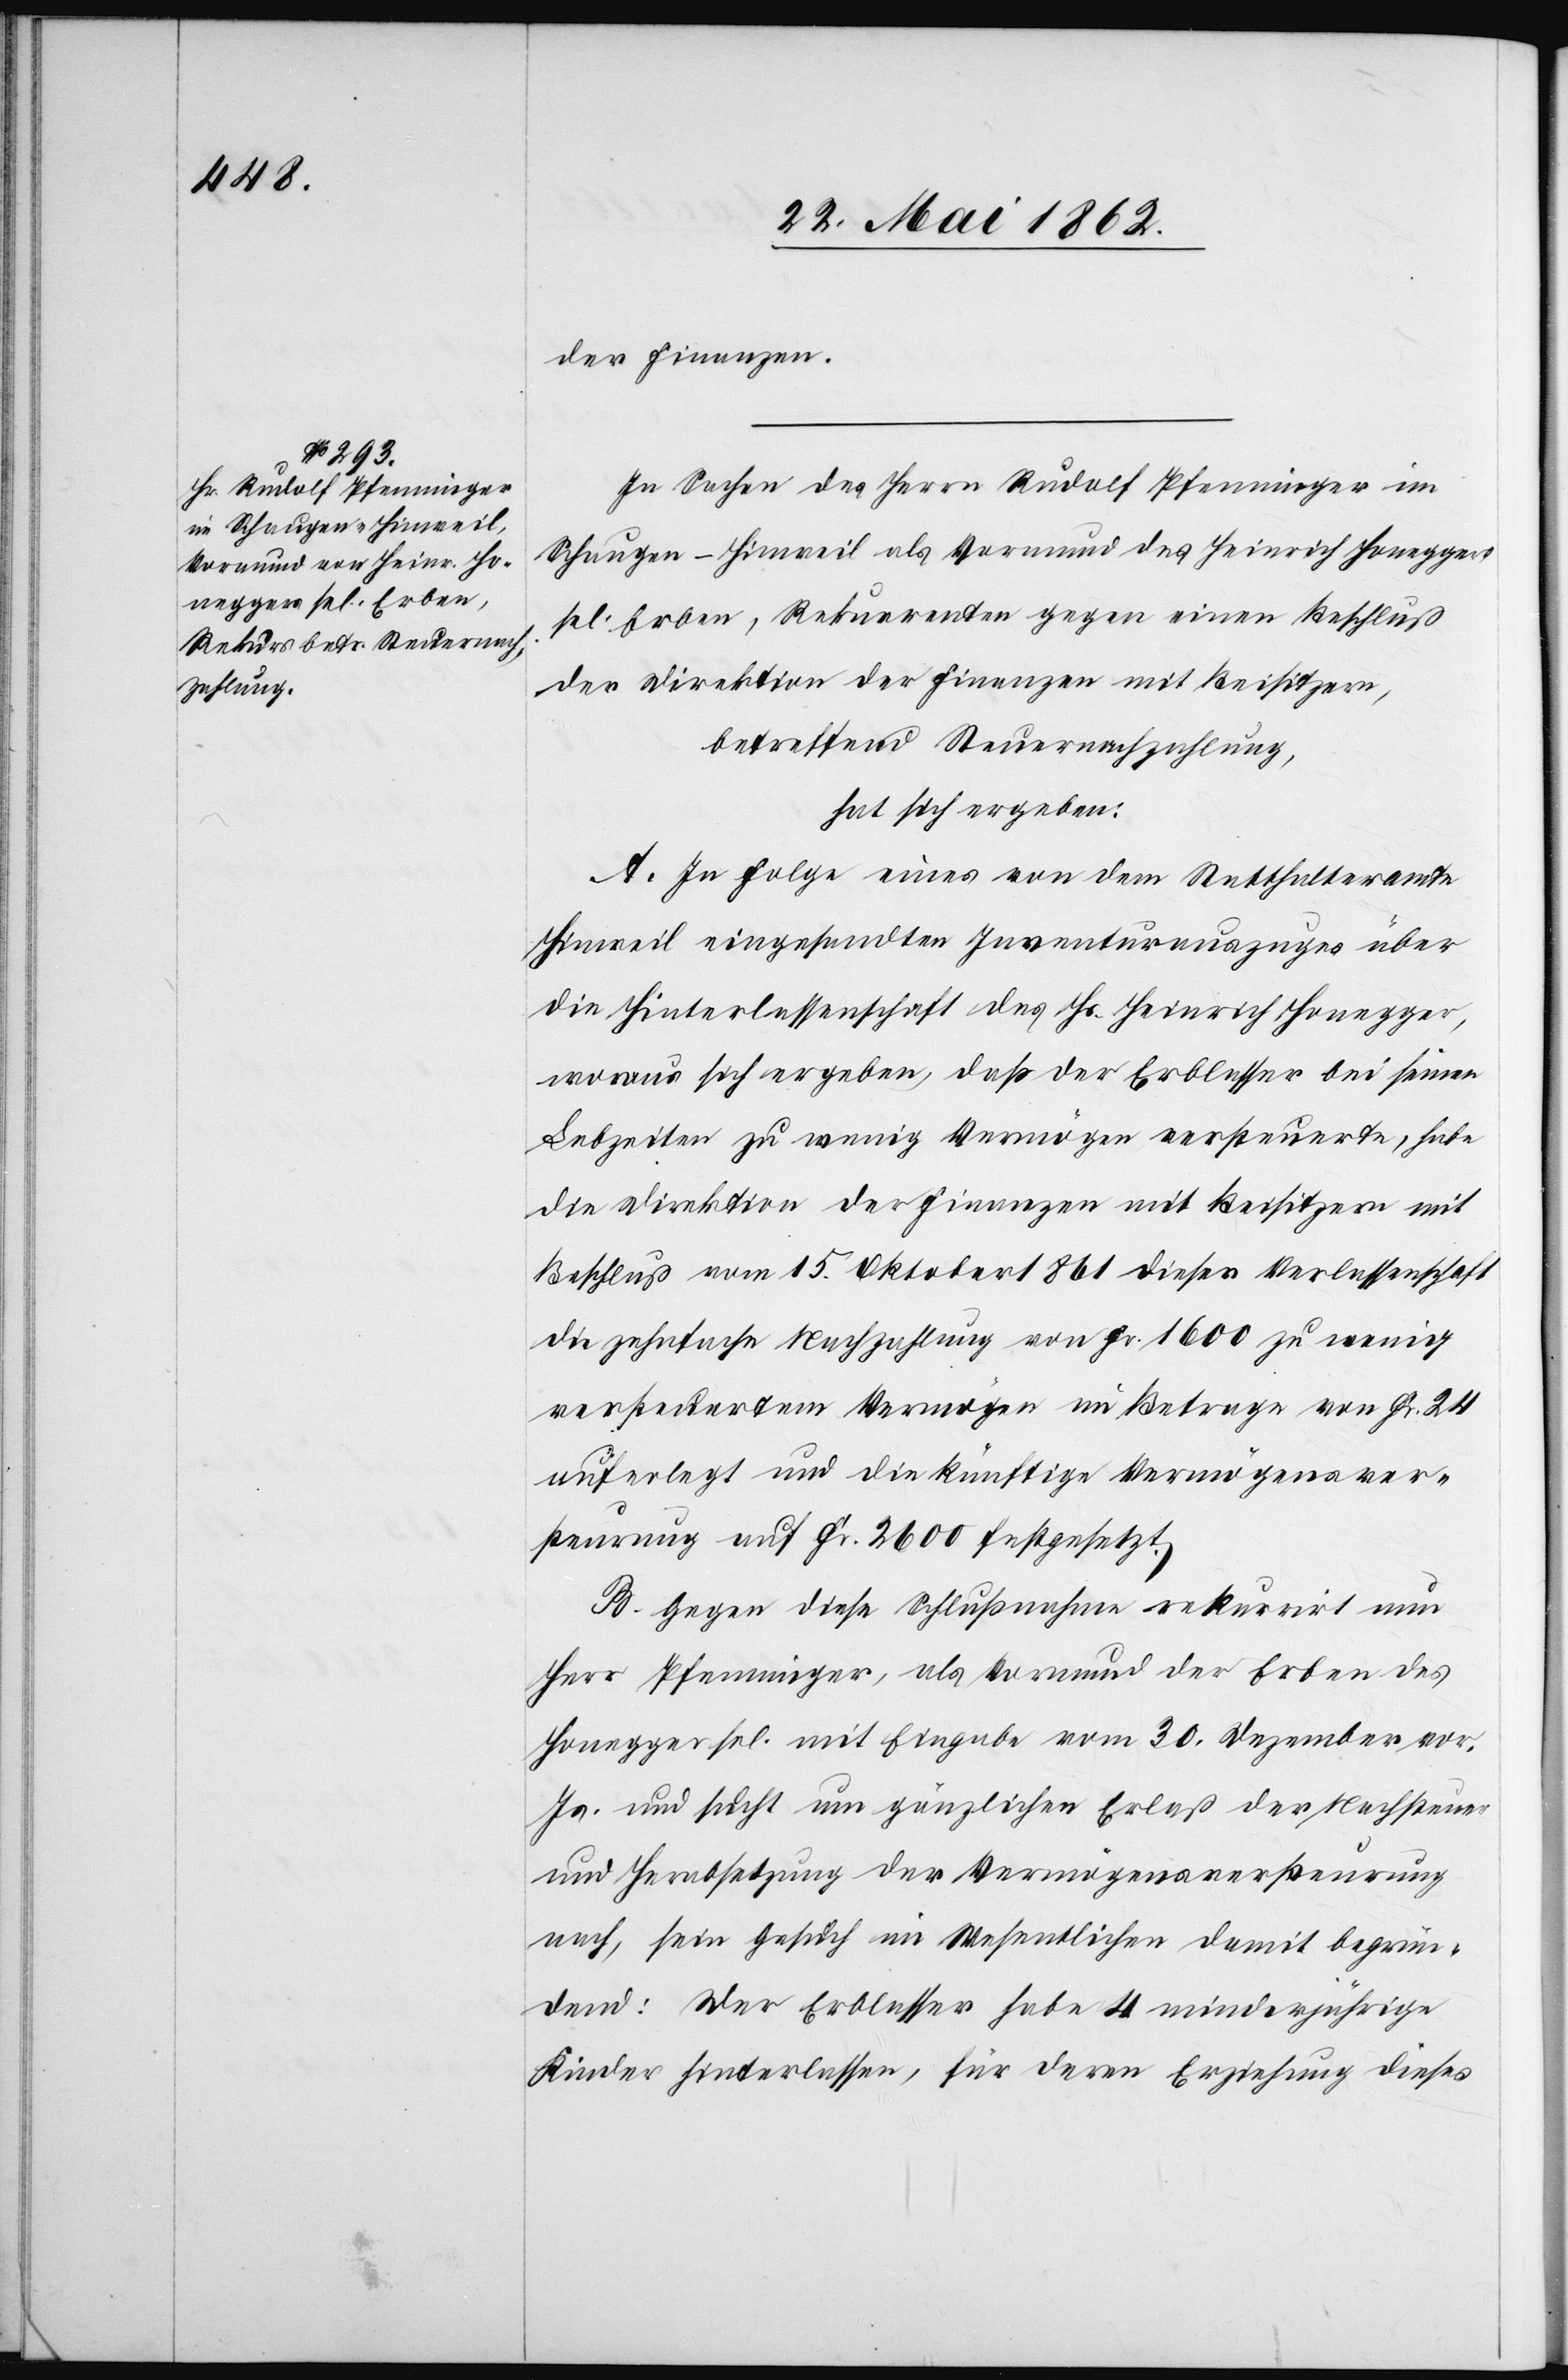
der Finanzen.
In Sachen des Herrn Rudolf Pfenninger im
Schaugen-Hinweil als Vormund des Heinrich Honeggers
sel. Erben, Rekurrenten gegen einen Beschluß
der Direktion der Finanzen mit Beisitzern,
betreffend Steuernachzahlung
hat sich ergeben:
A. In Folge eines von dem Statthalteramte
Hinweil eingesandten Inventurauszuges über
die Hinterlassenschaft des Hs. Heinrich Honegger,
woraus sich ergeben, daß der Erblasser bei seinen
Lebzeiten zu wenig Vermögen versteuerte, habe
die Direktion der Finanzen mit Beisitzern mit
Beschluß vom 15. Oktober 1861 dieser Verlassenschaft
die zehnfache Nachzahlung von Fr. 1600 zu wenig
versteuertem Vermögen im Betrage von Fr. 24
auferlegt und die künftige Vermögensver¬
steuerung auf Fr. 2600 festgesetzt.
B. Gegen diese Schlußnahme rekurrirt nun
Herr Pfenninger, als Vormund der Erben des
Honegger sel. mit Eingabe vom 30. Dezember vor.
Js. und sucht um gänzlichen Erlaß der Nachsteuer
und Herabsetzung der Vermögensversteurung
nach, sein Gesuch im Wesentlichen damit begrün¬
dend: Der Erblasser habe 4 minderjährige
Kinder hinterlassen, für deren Erziehung dieses